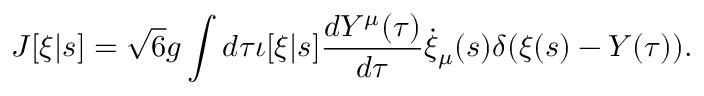
J [ \xi | s ] = \sqrt { 6 } g \int d \tau \iota [ \xi | s ] \frac { d Y ^ { \mu } ( \tau ) } { d \tau } \dot { \xi } _ { \mu } ( s ) \delta ( \xi ( s ) - Y ( \tau ) ) .